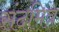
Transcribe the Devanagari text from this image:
संदमित्र